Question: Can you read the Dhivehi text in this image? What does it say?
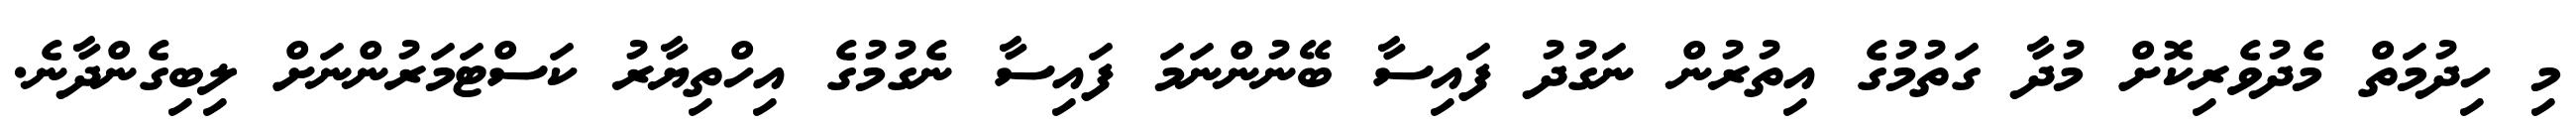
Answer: މި ހިދުމަތް މެދުވެރިކޮށް މުދާ ގަތުމުގެ އިތުރުން ނަގުދު ފައިސާ ބޭނުންނަމަ ފައިސާ ނެގުމުގެ އިހްތިޔާރު ކަސްޓަމަރުންނަށް ލިބިގެންދާނެ.